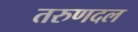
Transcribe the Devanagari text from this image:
तरुणदल